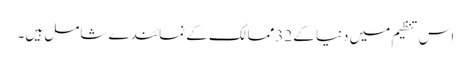
اس تنظیم میں دنیا کے 32ممالک کے نمائندے شامل ہیں۔